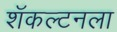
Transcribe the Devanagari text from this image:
शॅकल्टनला